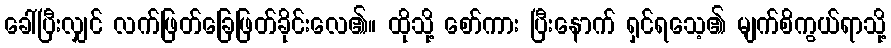
ခေါ်ပြီးလျှင် လက်ဖြတ်ခြေဖြတ်ခိုင်းလေ၏။ ထိုသို့ စော်ကား ပြီးနောက် ရှင်ရသေ့၏ မျက်စိကွယ်ရာသို့